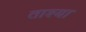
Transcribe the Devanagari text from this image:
ताश्या